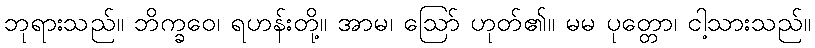
ဘုရားသည်။ ဘိက္ခဝေ၊ ရဟန်းတို့။ အာမ၊ ဩော် ဟုတ်၏။ မမ ပုတ္တော၊ ငါ့သားသည်။